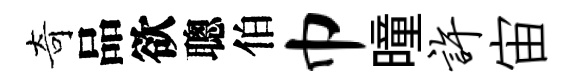
奇品欲聰伯巾曈许宙